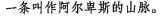
一条叫作阿尔卑斯的山脉。